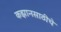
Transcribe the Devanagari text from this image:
कझानसाठीचे